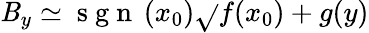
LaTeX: \mathit{B}_{y}\simeq\mathrm{{~s~g~n~}}\left(x_{0}\right)\sqrt{}{{f(x_{0})+g(y)}}